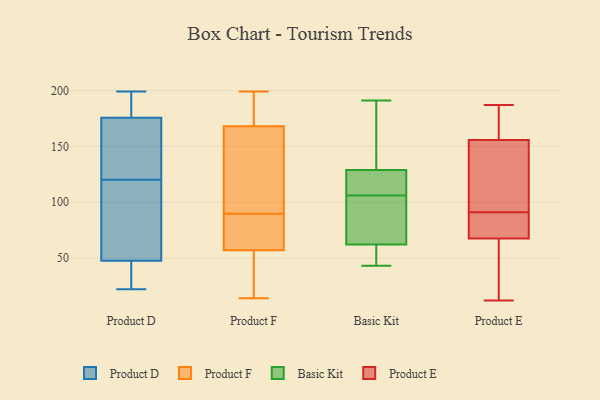
{"axis": {"x": "Market Share (%)", "y": "Value"}, "legend": ["Basic Kit", "Product D", "Product E", "Product F"], "data": [{"x": "", "y": 173, "type": "Product D"}, {"x": "", "y": 178, "type": "Product D"}, {"x": "", "y": 142, "type": "Product D"}, {"x": "", "y": 45, "type": "Product D"}, {"x": "", "y": 199, "type": "Product D"}, {"x": "", "y": 98, "type": "Product D"}, {"x": "", "y": 50, "type": "Product D"}, {"x": "", "y": 22, "type": "Product D"}, {"x": "", "y": 66, "type": "Product D"}, {"x": "", "y": 155, "type": "Product D"}, {"x": "", "y": 198, "type": "Product D"}, {"x": "", "y": 45, "type": "Product D"}, {"x": "", "y": 192, "type": "Product F"}, {"x": "", "y": 109, "type": "Product F"}, {"x": "", "y": 166, "type": "Product F"}, {"x": "", "y": 136, "type": "Product F"}, {"x": "", "y": 21, "type": "Product F"}, {"x": "", "y": 199, "type": "Product F"}, {"x": "", "y": 64, "type": "Product F"}, {"x": "", "y": 58, "type": "Product F"}, {"x": "", "y": 170, "type": "Product F"}, {"x": "", "y": 14, "type": "Product F"}, {"x": "", "y": 70, "type": "Product F"}, {"x": "", "y": 56, "type": "Product F"}, {"x": "", "y": 46, "type": "Basic Kit"}, {"x": "", "y": 134, "type": "Basic Kit"}, {"x": "", "y": 62, "type": "Basic Kit"}, {"x": "", "y": 98, "type": "Basic Kit"}, {"x": "", "y": 191, "type": "Basic Kit"}, {"x": "", "y": 113, "type": "Basic Kit"}, {"x": "", "y": 106, "type": "Basic Kit"}, {"x": "", "y": 43, "type": "Basic Kit"}, {"x": "", "y": 170, "type": "Basic Kit"}, {"x": "", "y": 112, "type": "Basic Kit"}, {"x": "", "y": 62, "type": "Basic Kit"}, {"x": "", "y": 98, "type": "Product E"}, {"x": "", "y": 134, "type": "Product E"}, {"x": "", "y": 63, "type": "Product E"}, {"x": "", "y": 122, "type": "Product E"}, {"x": "", "y": 163, "type": "Product E"}, {"x": "", "y": 66, "type": "Product E"}, {"x": "", "y": 187, "type": "Product E"}, {"x": "", "y": 42, "type": "Product E"}, {"x": "", "y": 170, "type": "Product E"}, {"x": "", "y": 91, "type": "Product E"}, {"x": "", "y": 79, "type": "Product E"}, {"x": "", "y": 82, "type": "Product E"}, {"x": "", "y": 72, "type": "Product E"}, {"x": "", "y": 12, "type": "Product E"}, {"x": "", "y": 179, "type": "Product E"}]}